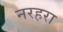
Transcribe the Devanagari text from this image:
नरहरा